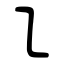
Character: ㇅